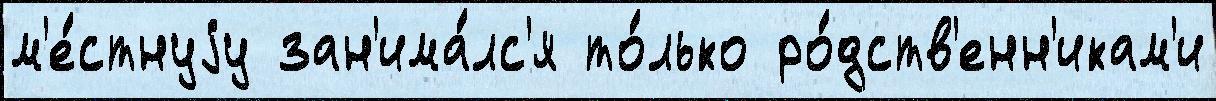
м'е́стнуjу зан'има́лс'я то́лько ро́дств'енн'икам'и